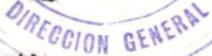
DIRECCION GENERAL